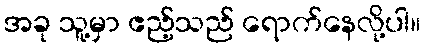
အခု သူ့မှာ ဧည့်သည် ရောက်နေလို့ပါ။